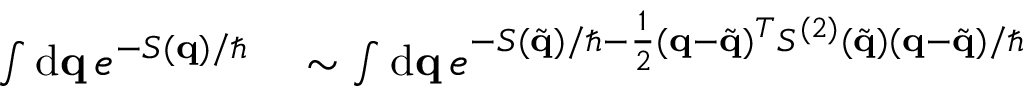
\begin{array} { r l } { \int \mathrm { d } \mathbf { q } \, e ^ { - S ( \mathbf { q } ) / \hbar } } & { { } \sim \int \mathrm { d } \mathbf { q } \, e ^ { - S ( \tilde { \mathbf { q } } ) / \hbar - \frac { 1 } { 2 } ( \mathbf { q } - \tilde { \mathbf { q } } ) ^ { T } S ^ { ( 2 ) } ( \tilde { \mathbf { q } } ) ( \mathbf { q } - \tilde { \mathbf { q } } ) / \hbar } } \end{array}